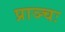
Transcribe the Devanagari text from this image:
प्राञ्चः